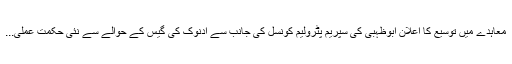
معاہدے میں توسیع کا اعلان ابوظہبی کی سپریم پٹرولیم کونسل کی جانب سے ادنوک کی گیس کے حوالے سے نئی حکمت عملی...